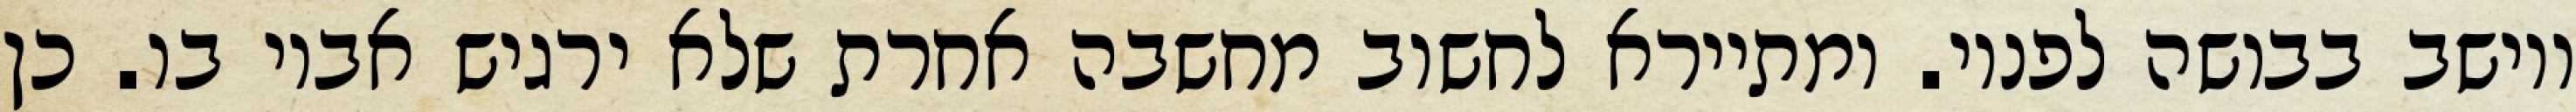
ויושב בבושה לפניו. ומתיירא לחשוב מחשבה אחרת שלא ירגיש אביו בו. כן